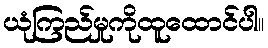
ယုံကြည်မှုကိုထူထောင်ပါ။